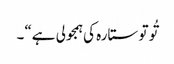
تُو تو ستارہ کی ہمجولی ہے“۔